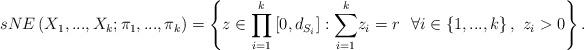
LaTeX: \begin{align*}sNE\left( X_{1},...,X_{k};\pi _{1},...,\pi _{k}\right) =\left\{ z\in \underset{i=1}{\overset{k}{\prod }}\left[ 0,d_{S_{i}}\right] :\overset{k}{\underset{i=1}{\sum }}z_{i}=r\ \ \forall i\in \left\{1,...,k\right\} ,\ z_{i}>0\right\} . \end{align*}